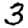
Digit: 3